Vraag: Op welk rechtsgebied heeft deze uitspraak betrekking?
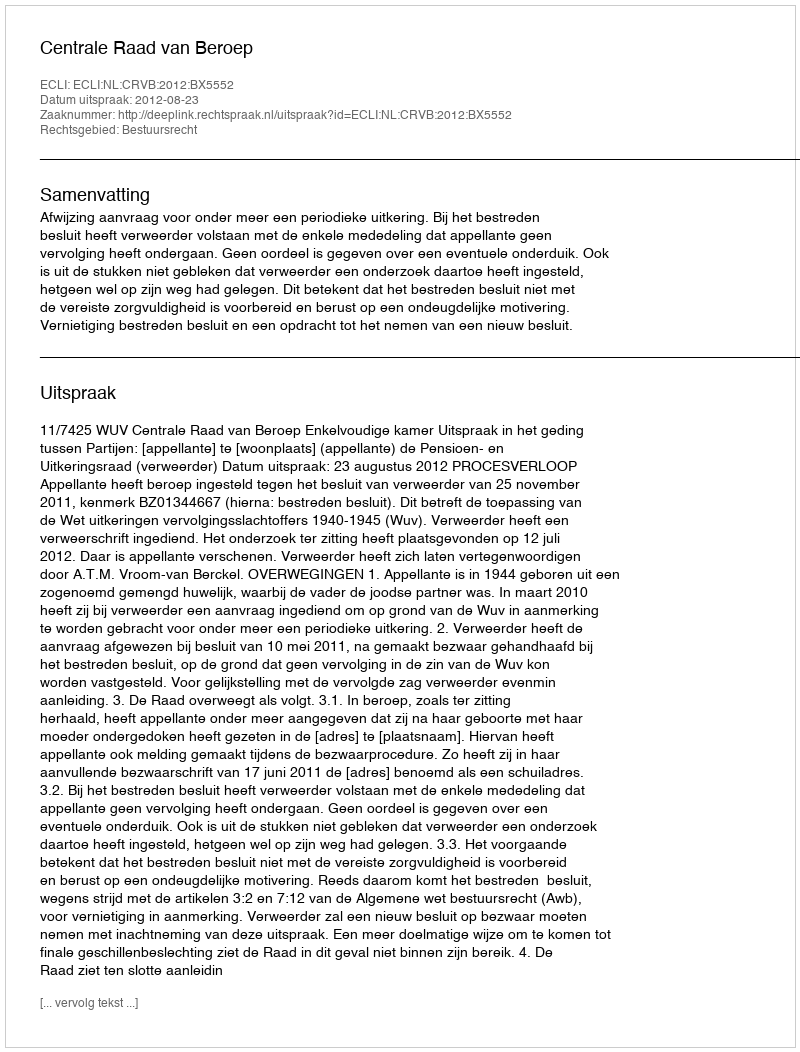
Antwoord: Bestuursrecht